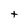
Character: t